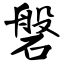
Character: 磐